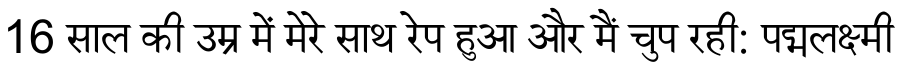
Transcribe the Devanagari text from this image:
16 साल की उम्र में मेरे साथ रेप हुआ और मैं चुप रही: पद्मलक्ष्मी